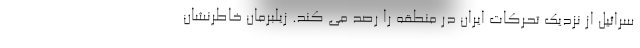
سرائیل از نزدیک تحرکات ایران در منطقه را رصد می کند. زیلبرمان خاطرنشان